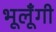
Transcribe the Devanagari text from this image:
भूलूँगी